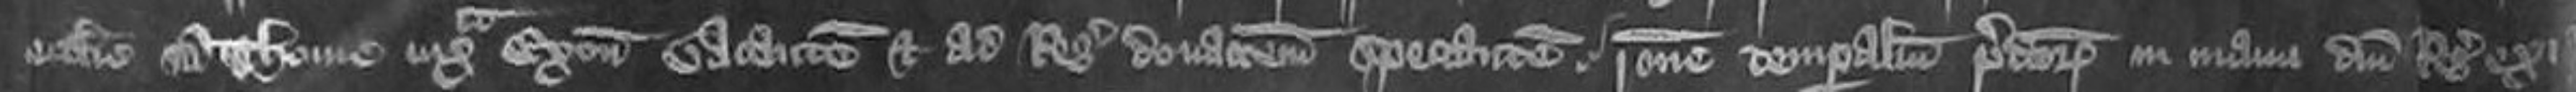
ecclesie Sancte Thome iuxta Exoniam vacantem et ad Regis donationem spectantem ratione temporalium predictorum in manu domini Regis exi